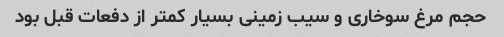
حجم مرغ سوخاری و سیب زمینی بسیار کمتر از دفعات قبل بود